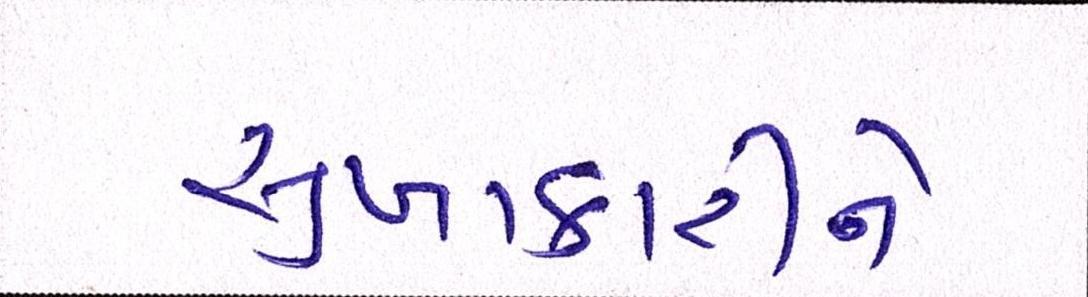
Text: સુખાકારીને